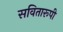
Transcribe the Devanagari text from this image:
सवितारूपी